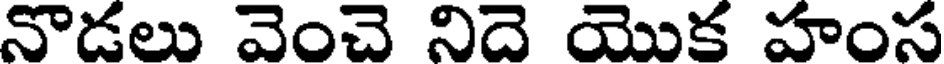
నొడలు వెంచె నిదె యొక హంస